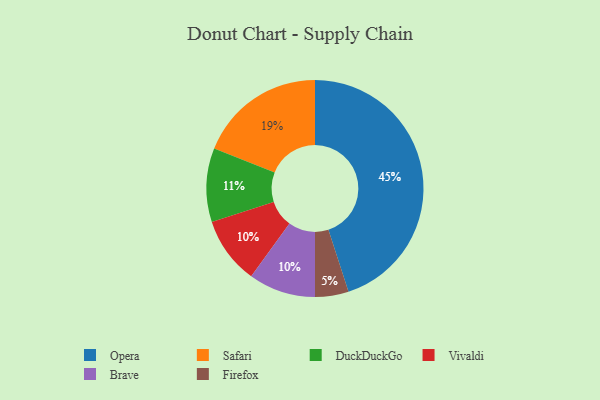
{"axis": {"x": "Category", "y": "Percentage"}, "legend": ["Brave", "DuckDuckGo", "Firefox", "Opera", "Safari", "Vivaldi"], "data": [{"x": "Vivaldi", "y": 10, "type": "Vivaldi"}, {"x": "Opera", "y": 45, "type": "Opera"}, {"x": "Safari", "y": 19, "type": "Safari"}, {"x": "DuckDuckGo", "y": 11, "type": "DuckDuckGo"}, {"x": "Firefox", "y": 5, "type": "Firefox"}, {"x": "Brave", "y": 10, "type": "Brave"}]}